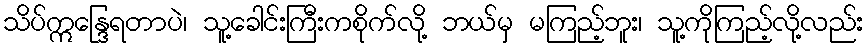
သိပ်ဣန္ဒြေရတာပဲ၊ သူ့ခေါင်းကြီးကစိုက်လို့ ဘယ်မှ မကြည့်ဘူး၊ သူ့ကိုကြည့်လို့လည်း